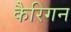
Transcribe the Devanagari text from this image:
कैरिगन